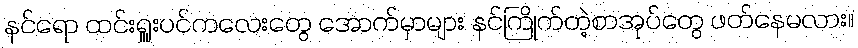
နင်ရော ထင်းရှူးပင်ကလေးတွေ အောက်မှာများ နင်ကြိုက်တဲ့စာအုပ်တွေ ဖတ်နေမလား။